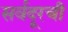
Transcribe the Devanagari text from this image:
सर्वदूरची